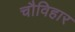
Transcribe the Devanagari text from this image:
चौविहार